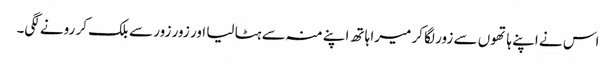
اس نے اپنے ہاتھوں سے زور لگا کر میرا ہاتھ اپنے منہ سے ہٹا لیا اور زور زور سے بلک کر رونے لگی۔